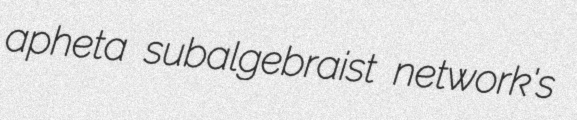
apheta subalgebraist network's